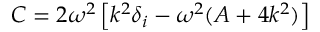
C = 2 \omega ^ { 2 } \left[ k ^ { 2 } \delta _ { i } - \omega ^ { 2 } ( A + 4 k ^ { 2 } ) \right]